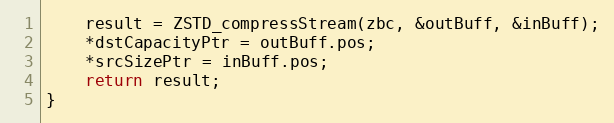
Language: C
    result = ZSTD_compressStream(zbc, &outBuff, &inBuff);
    *dstCapacityPtr = outBuff.pos;
    *srcSizePtr = inBuff.pos;
    return result;
}